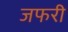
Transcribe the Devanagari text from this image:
जफरी